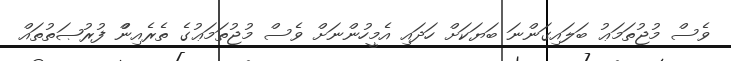
ވެސް މުޖުތަމަޢު ބަލައިގަންނަ ބަޔަކަށް ހަދައި އެމީހުންނަށް ވެސް މުޖުތަމަޢުގެ ތެރެއިންް ފުރުޞަތުތައް